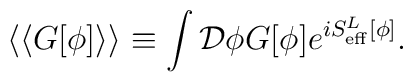
\langle\langle G[\phi]\rangle\rangle\equiv\int{\cal D} \phi G[\phi]e^{iS^L_{\rm eff}[\phi]}.